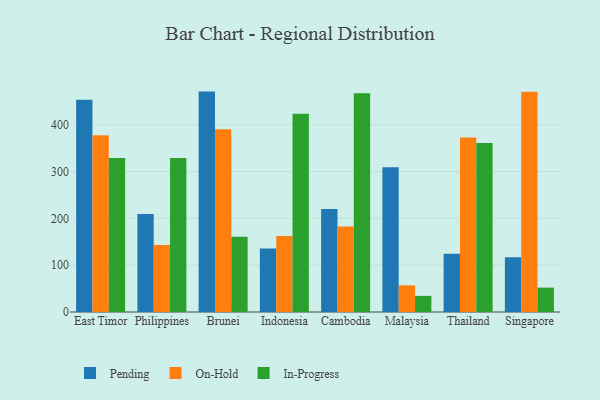
{"axis": {"x": "Country", "y": "Tickets Resolved"}, "legend": ["In-Progress", "On-Hold", "Pending"], "data": [{"x": "East Timor", "y": 453.0, "type": "Pending"}, {"x": "East Timor", "y": 377.6, "type": "On-Hold"}, {"x": "East Timor", "y": 328.9, "type": "In-Progress"}, {"x": "Philippines", "y": 209.0, "type": "Pending"}, {"x": "Philippines", "y": 143.1, "type": "On-Hold"}, {"x": "Philippines", "y": 328.6, "type": "In-Progress"}, {"x": "Brunei", "y": 470.6, "type": "Pending"}, {"x": "Brunei", "y": 390.2, "type": "On-Hold"}, {"x": "Brunei", "y": 160.9, "type": "In-Progress"}, {"x": "Indonesia", "y": 135.7, "type": "Pending"}, {"x": "Indonesia", "y": 162.5, "type": "On-Hold"}, {"x": "Indonesia", "y": 423.3, "type": "In-Progress"}, {"x": "Cambodia", "y": 219.7, "type": "Pending"}, {"x": "Cambodia", "y": 182.4, "type": "On-Hold"}, {"x": "Cambodia", "y": 466.9, "type": "In-Progress"}, {"x": "Malaysia", "y": 309.2, "type": "Pending"}, {"x": "Malaysia", "y": 56.9, "type": "On-Hold"}, {"x": "Malaysia", "y": 34.4, "type": "In-Progress"}, {"x": "Thailand", "y": 124.2, "type": "Pending"}, {"x": "Thailand", "y": 372.8, "type": "On-Hold"}, {"x": "Thailand", "y": 360.6, "type": "In-Progress"}, {"x": "Singapore", "y": 116.8, "type": "Pending"}, {"x": "Singapore", "y": 470.5, "type": "On-Hold"}, {"x": "Singapore", "y": 52.1, "type": "In-Progress"}]}